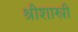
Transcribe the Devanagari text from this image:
श्रीशास्त्री